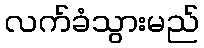
လက်ခံသွားမည်